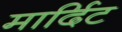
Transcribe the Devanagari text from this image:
मार्दिट